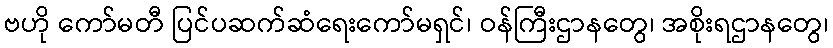
ဗဟို ကော်မတီ ပြင်ပဆက်ဆံရေးကော်မရှင်၊ ဝန်ကြီးဌာနတွေ၊ အစိုးရဌာနတွေ၊